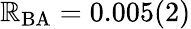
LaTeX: \mathbb{R}_{\mathrm{{BA}}}=0.005(2)